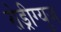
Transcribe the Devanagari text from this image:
रोड्रीग्यूज